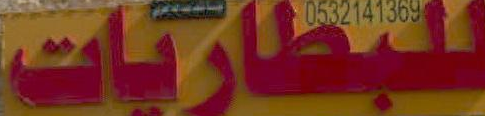
للبطاريات